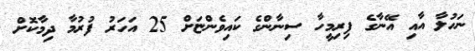
ނަހުލާ އާއި އޭނާގެ ފިރިމީހާ ސިނާންގެ ކައިވެންޏަށް 25 އަހަރު ފުރުމާ ދިމާކޮށް